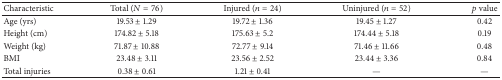
<table><thead><tr><td><b>Characteristic</b></td><td><b>Total (<i>N</i> = 76)</b></td><td><b>Injured (<i>n</i> = 24)</b></td><td><b>Uninjured (<i>n</i> = 52)</b></td><td><b><i>p</i> value</b></td></tr></thead><tbody><tr><td>Age (yrs)</td><td>19.53 ± 1.29</td><td>19.72 ± 1.36</td><td>19.45 ± 1.27</td><td>0.42</td></tr><tr><td>Height (cm)</td><td>174.82 ± 5.18</td><td>175.63 ± 5.2</td><td>174.44 ± 5.18</td><td>0.19</td></tr><tr><td>Weight (kg)</td><td>71.87 ± 10.88</td><td>72.77 ± 9.14</td><td>71.46 ± 11.66</td><td>0.48</td></tr><tr><td>BMI</td><td>23.48 ± 3.11</td><td>23.56 ± 2.52</td><td>23.44 ± 3.36</td><td>0.84</td></tr><tr><td>Total injuries</td><td>0.38 ± 0.61</td><td>1.21 ± 0.41</td><td>—</td><td>—</td></tr></tbody></table>